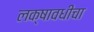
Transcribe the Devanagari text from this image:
लक्षावधीचा